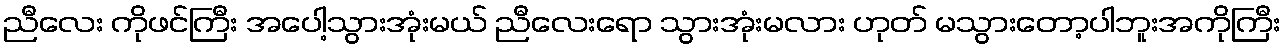
ညီလေး ကိုဖင်ကြီး အပေါ့သွားအုံးမယ် ညီလေးရော သွားအုံးမလား ဟုတ် မသွားတော့ပါဘူးအကိုကြီး